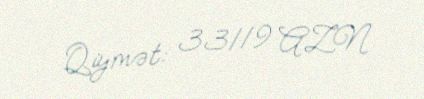
Qiymət: 33119 AZN